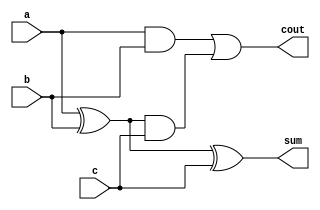
module FA(a,b,c,sum,cout);

input a,b,c;
output sum,cout;
wire w1,w2,w3;

xor(w1,a,b);
xor(sum,w1,c);
and(w2,a,b);
and(w3,w1,c);
or(cout,w2,w3);


endmodule